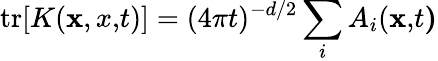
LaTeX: \mathrm{tr}[K({\mathbf x,x,}t)]=(4\pi t)^{-d/2}\sum_{i}A_{i}({\mathbf x,}t{\mathbf)}